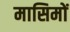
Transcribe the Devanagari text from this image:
मासिमों